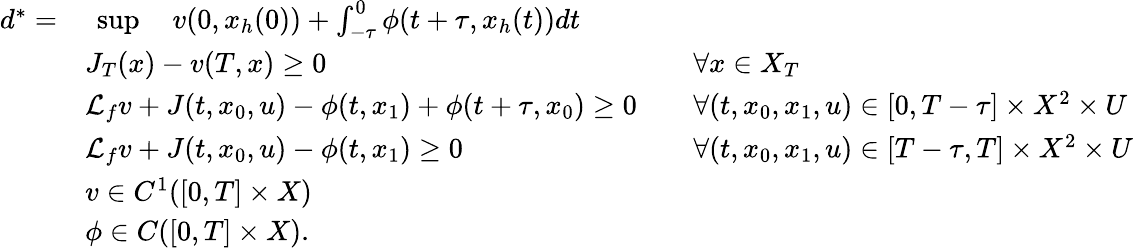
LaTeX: \begin{array}{rlrl}{d^{*}=}&{\ \operatorname*{sup}\quad v(0,x_{h}(0))+\textstyle\textstyle\int_{-\tau}^{0}\phi(t+\tau,x_{h}(t))dt}&\\ &{J_{T}(x)-v(T,x)\geq 0}&&{\forall x\in X_{T}}\\ &{\mathcal{L}_{f}v+J(t,x_{0},u)-\phi(t,x_{1})+\phi(t+\tau,x_{0})\geq 0}&&{\forall(t,x_{0},x_{1},u)\in[0,T-\tau]\times X^{2}\times U}\\ &{\mathcal{L}_{f}v+J(t,x_{0},u)-\phi(t,x_{1})\geq 0}&&{\forall(t,x_{0},x_{1},u)\in[T-\tau,T]\times X^{2}\times U}\\ &{v\in C^{1}([0,T]\times X)}&\\ &{\phi\in C([0,T]\times X).}\end{array}